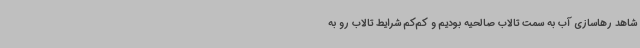
شاهد رهاسازی آب به سمت تالاب صالحیه بودیم و کم‌کم شرایط تالاب رو به